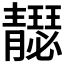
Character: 𩇣